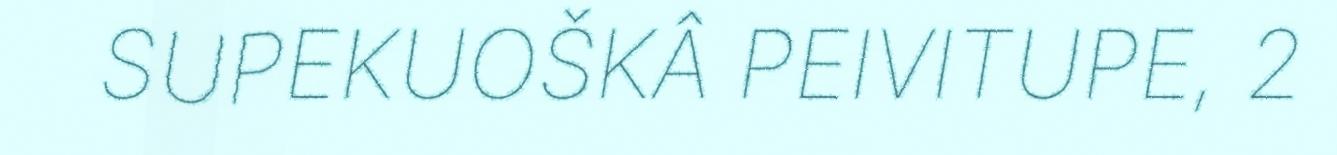
SUPEKUOŠKÂ PEIVITUPE, 2